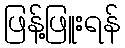
ဖြန့်ဖြူးရန်